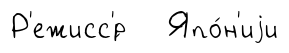
Р'ежисс'́р Япо́н'иjи